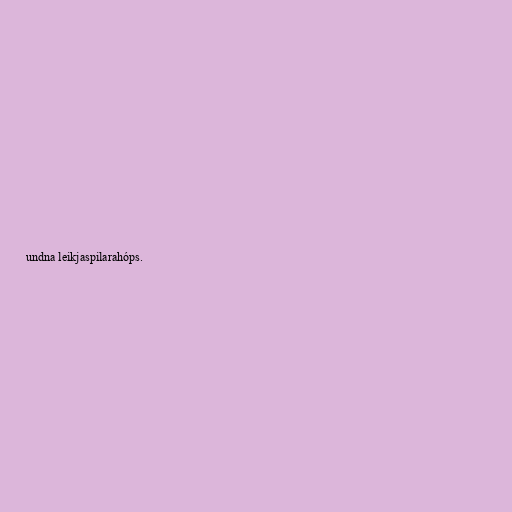
undna leikjaspilarahóps.